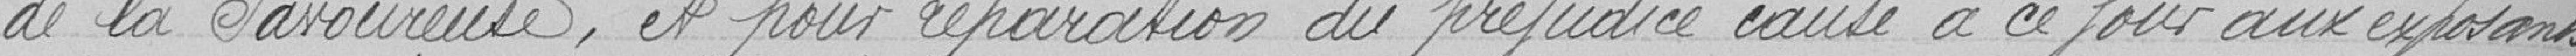
de la Savoureuse, et pour réparation du préjudice causé à ce jour aux exposants,